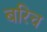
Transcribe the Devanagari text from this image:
बरिच